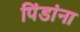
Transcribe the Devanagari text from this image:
पिंडांना